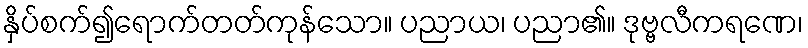
နှိပ်စက်၍ရောက်တတ်ကုန်သော။ ပညာယ၊ ပညာ၏။ ဒုဗ္ဗလီကရဏေ၊